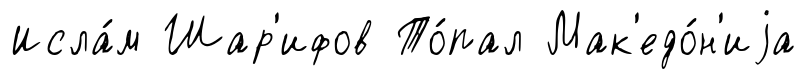
Исла́м Шар'ифов То́пал Мак'едо́н'иjа